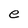
Character: e